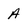
Character: A